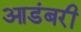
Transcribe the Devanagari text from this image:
आडंबरी